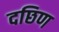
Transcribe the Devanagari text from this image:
दछिण